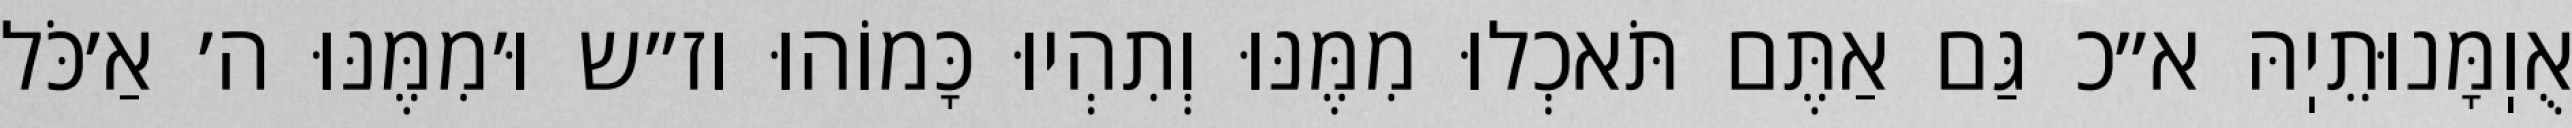
אֻוֽמָּנוּתֵיֽהּ א״כ גַּם אַתֶּם תֹּאכְלוּ מִמֶּנּוּ וְתִהְיוּ כָּמוֹהוּ וז״ש וּ׳מִמֶּנּוּ ה׳ אַ׳כֹּל